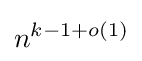
n^{k-1+o(1)}